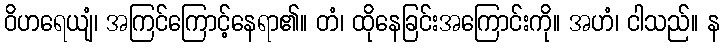
ဝိဟရေယျံ၊ အကြင်ကြောင့်နေရာ၏။ တံ၊ ထိုနေခြင်းအကြောင်းကို။ အဟံ၊ ငါသည်။ န